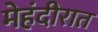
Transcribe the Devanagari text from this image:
मेहंदीरात